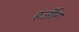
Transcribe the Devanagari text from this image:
हर्जोग